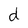
Character: d